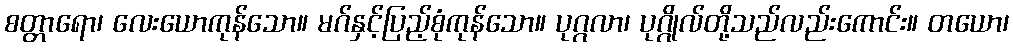
စတ္တာရော၊ လေးယောကုန်သော။ မဂ်နှင့်ပြည့်စုံကုန်သော။ ပုဂ္ဂလာ၊ ပုဂ္ဂိုလ်တို့သည်လည်းကောင်း။ တယော၊